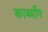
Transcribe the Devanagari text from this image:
कार्ब्योर